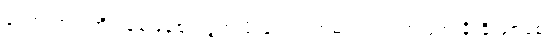
ဒေတာအရ အိမ်ခြံမြေဈေးကွက် ဖိုးနှင့် အကြမ်းဖက်သတ်ဖြတ် ခိုးခိုးခစ်ခစ်